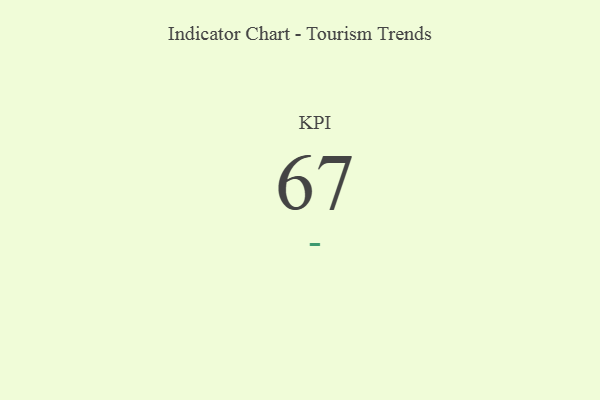
{"axis": {"x": "KPI", "y": "Value"}, "legend": [""], "data": [{"x": "KPI", "y": 67, "type": ""}]}